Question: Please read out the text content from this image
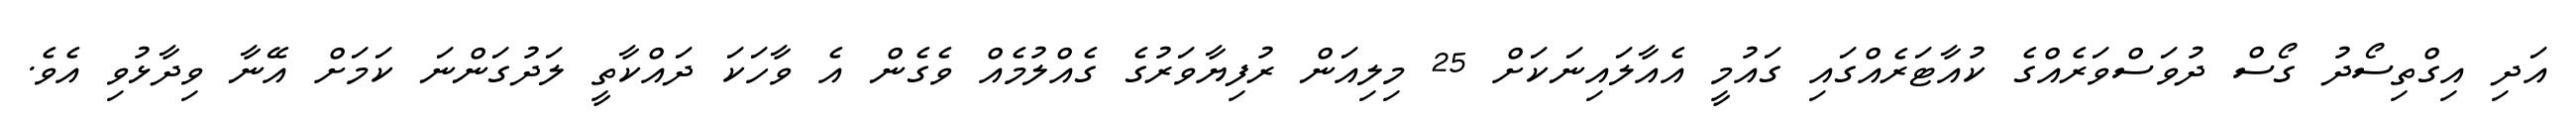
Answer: އަދި އިގްތިސޯދު ގޯސް ދުވަސްވަރެއްގެ ކުއާޓަރެއްގައި ގައުމީ އެއާލައިނަކަށް 25 މިލިއަން ރުފިޔާވަރުގެ ގެއްލުމެއް ވެގެން އެ ވާހަކަ ދައްކާތީ ލަދުގަންނަ ކަމަށް އޭނާ ވިދާޅުވި އެވެ.